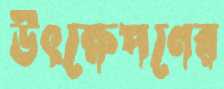
উৎক্ষেপণের